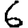
Digit: 6